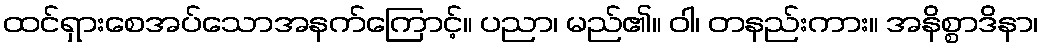
ထင်ရှားစေအပ်သောအနက်ကြောင့်။ ပညာ၊ မည်၏။ ဝါ၊ တနည်းကား။ အနိစ္စာဒိနာ၊